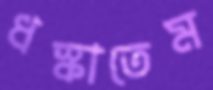
ধস্‌কাতেম